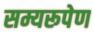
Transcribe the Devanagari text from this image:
सम्यरूपेण